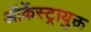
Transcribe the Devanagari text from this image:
ऑर्केस्ट्रायुक्त